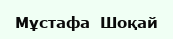
Мұстафа  Шоқай